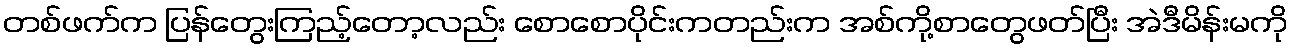
တစ်ဖက်က ပြန်တွေးကြည့်တော့လည်း စောစောပိုင်းကတည်းက အစ်ကို့စာတွေဖတ်ပြီး အဲဒီမိန်းမကို